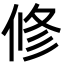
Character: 修